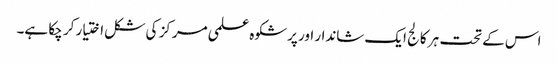
اس کے تحت ہر کالج ایک شاندار اور پرشکوہ علمی مرکز کی شکل اختیار کر چکا ہے۔